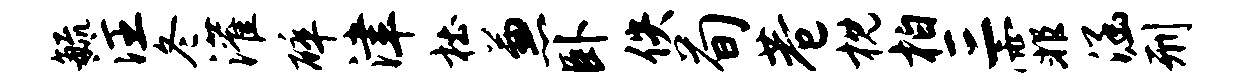
毓注冬灌碎津杜兼卧佚荀巷枕柏三霏涵刑